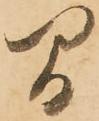
間